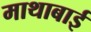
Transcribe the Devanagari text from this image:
माथाबाई